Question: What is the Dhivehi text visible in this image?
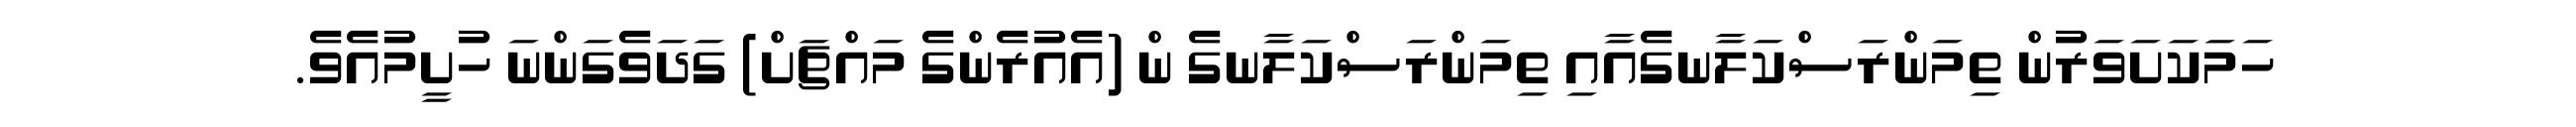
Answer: ހަމަކަށަވަރުން ތިމަންރަސްކަލާނގެއާއި ތިމަންރަސްކަލާނގެ ން (އެއުރެންގެ މައްޗަށް) ގަދަވެގަންނަ ހުށީމުއެވެ.